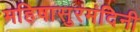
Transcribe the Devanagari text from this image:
महिषासुरमंदिनी